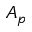
A _ { p }